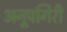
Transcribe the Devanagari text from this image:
अनूपगिरी